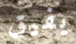
يفيق